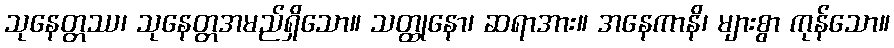
သုနေတ္တဿ၊ သုနေတ္တအမည်ရှိသော။ သတ္ထုနော၊ ဆရာအား။ အနေကာနိ၊ များစွာ ကုန်သော။